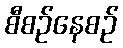
စီစဉ်နေစဉ်